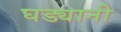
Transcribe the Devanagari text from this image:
घड्यानी